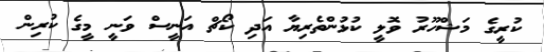
ކުރީގެ މަޝްހޫރު ވޮލީ ކުޅުންތެރިޔާ އަދި ކޯޗް އަނީސް ވަނީ މީގެ ކުރިން